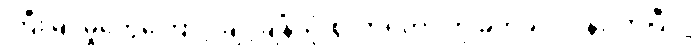
ကြီးမြင့်မှုတွေကြောင့် ချင့်ချိန်သုံးစွဲလာရတာ ကို ခက်ခဲပင်ပန်းလာပြီလို့